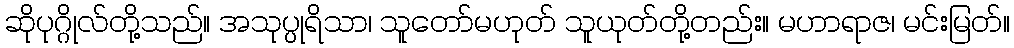
ဆိုပုဂ္ဂိုလ်တို့သည်။ အသုပ္ပုရိသာ၊ သူတော်မဟုတ် သူယုတ်တို့တည်း။ မဟာရာဇ၊ မင်းမြတ်။